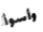
وأسوأ